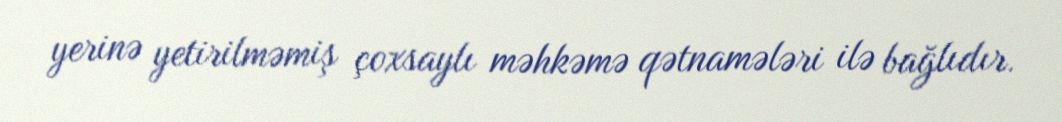
yerinə yetirilməmiş çoxsaylı məhkəmə qətnamələri ilə bağlıdır.